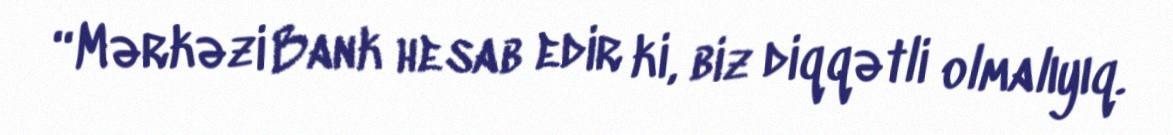
“Mərkəzi Bank hesab edir ki, biz diqqətli olmalıyıq.